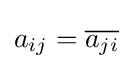
a_{ij}={\overline {a_{ji}}}